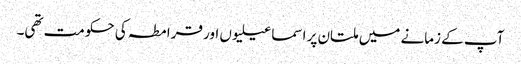
آپ کے زمانے میں ملتان پر اسماعیلیوں اور قرامطہ کی حکومت تھی۔